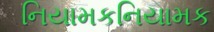
નિયામકનિયામક